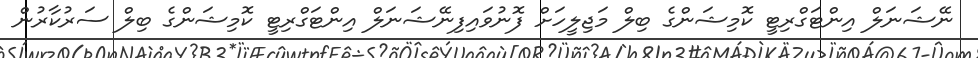
ނޭޝަނަލް އިންޓަގްރިޓީ ކޮމިޝަންގެ ބިލް މަޖިލީހަށް ފޮނުވައިފިނޭޝަނަލް އިންޓަގްރިޓީ ކޮމިޝަންގެ ބިލް ސަރުކާރުން